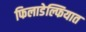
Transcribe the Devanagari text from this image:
फिलाडेल्फियात